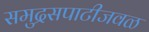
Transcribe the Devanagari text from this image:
समुद्रसपाटीजवळ